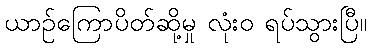
ယာဉ်ကြောပိတ်ဆို့မှု လုံးဝ ရပ်သွားပြီ။